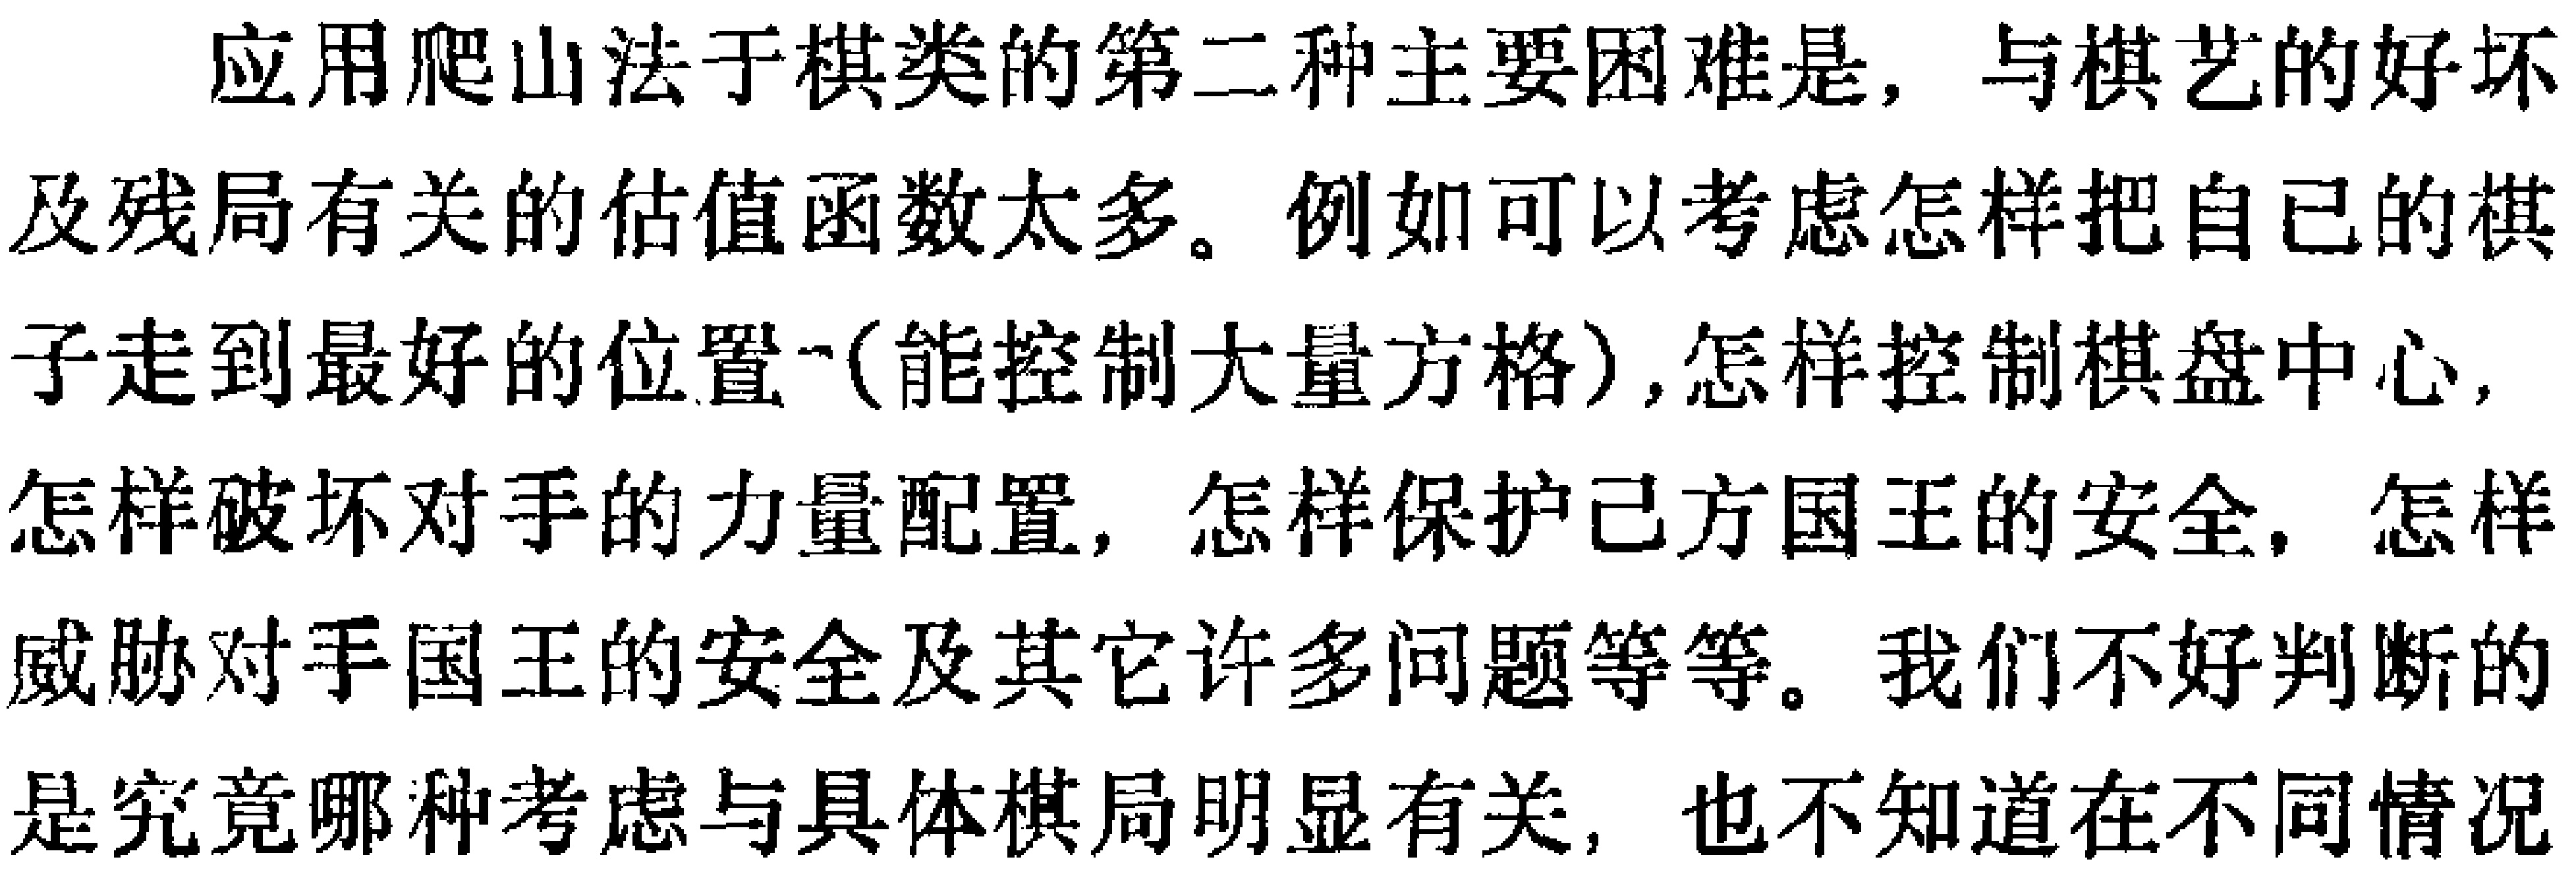
应用爬山法于棋类的第二种主要困难是, 与棋艺的好坏及残局有关的估值函数太多。例如可以考虑怎样把自已的棋子走到最好的位置\textasciitilde(能控制大量方格),怎样控制棋盘中心,怎样破坏对手的力量配置, 怎样保护己方国王的安全, 怎样威胁对手国王的安全及其它许多问题等等。我们不好判断的是究竟哪种考虑与具体棋局明显有关, 也不知道在不同情况